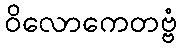
ဝိလောကေတဗ္ဗံ